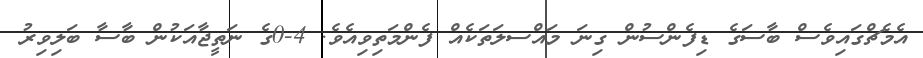
އެމެޗްގައިވެސް ބާސަގެ ޑިފެންސުން ގިނަ މައްސލަތަކެއް ފެންމަތިވިއެވެ. 4-0ގެ ނަތީޖާއަކުން ބާސާ ބަލިވިރު